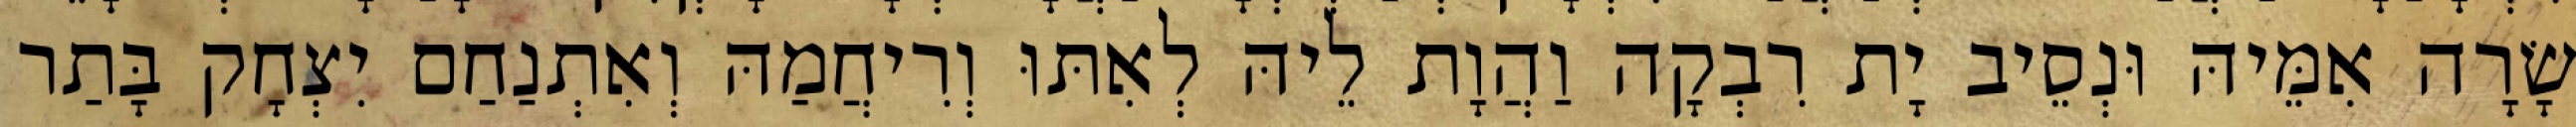
שָׂרָה אִמֵּיהּ וּנְסֵיב יָת רִבְקָה וַהֲוָת לֵיהּ לְאִתּוּ וְרִיחֲמַהּ וְאִתְנַחַם יִצְחָק בָּתַר